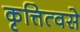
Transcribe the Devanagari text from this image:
कृत्तित्वसे